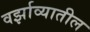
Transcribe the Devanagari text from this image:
वर्झाव्यातील